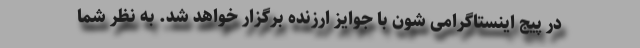
در پیج اینستاگرامی شون با جوایز ارزنده برگزار خواهد شد. به نظر شما